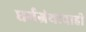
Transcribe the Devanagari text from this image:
धर्मग्रंथाचाही